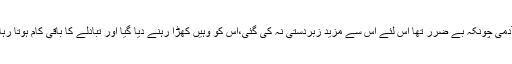
آدمی چونکہ بے ضرر تھا اس لئے اس سے مزید زبردستی نہ کی گئی،اس کو وہیں کھڑا رہنے دیا گیا اور تبادلے کا باقی کام ہوتا رہا۔